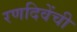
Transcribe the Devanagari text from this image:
रणदिवेंची